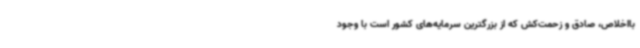
بااخلاص، صادق و زحمت‌کش که از بزرگترین سرمایه‌های کشور است با وجود